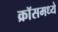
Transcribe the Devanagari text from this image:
क्रॉसमध्ये